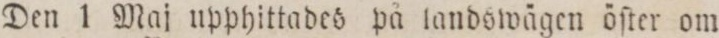
Den 1 Maj upphittades på landswägen öſter om